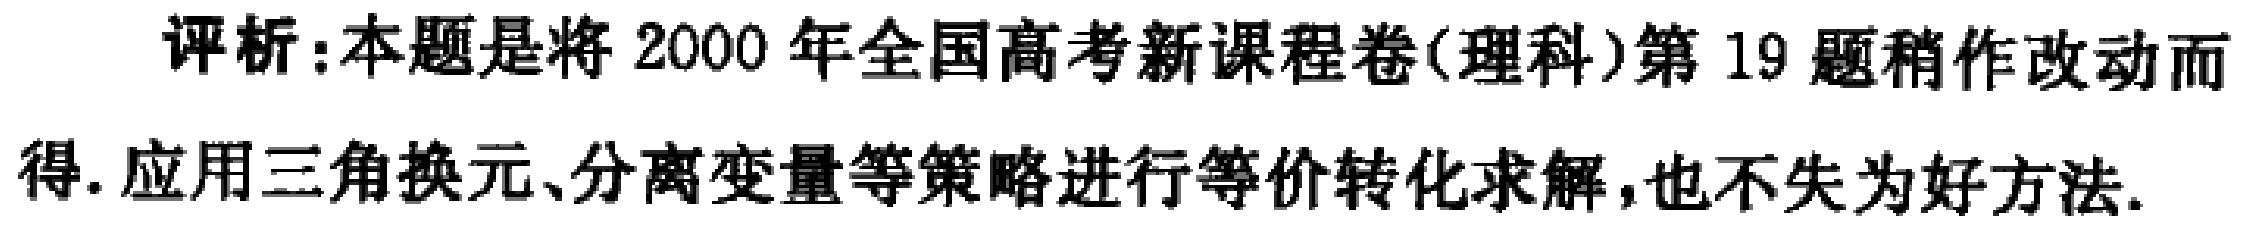
评析:本题是将 2000 年全国高考新课程卷(理科)第 19 题稍作改动而得.应用三角换元、分离变量等策略进行等价转化求解,也不失为好方法.